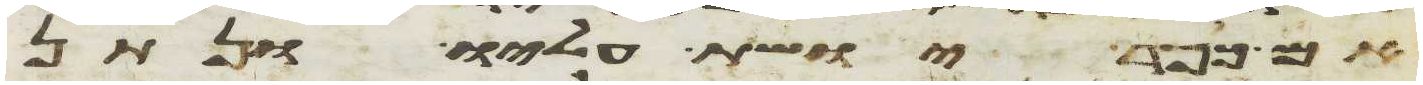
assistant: אם כופר יושת עליו ונתן